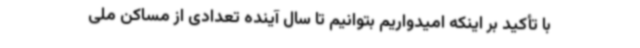
با تأکید بر اینکه امیدواریم بتوانیم تا سال آینده تعدادی از مساکن ملی